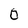
Character: 0